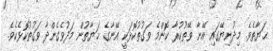
ޙަޔާތެވެ. މިދުނިޔޭގައި އޭނާ ވޭތުކުރާ ކޮންމެ ވަގުތުކޮޅަކީ އޭނާގެ ޙަޔާތުން މަދުވެގެންދާ ވަގުތުކޮޅެކެވެ.